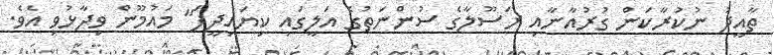
ތާއީދު ނުކުރާކަން ގުރުއާނާއި ރަސޫލާގެ ސުންނަތުގެ އަލީގައި ކިޔައިދީފަ" މައުމޫން ވިދާޅުވި އެވެ.